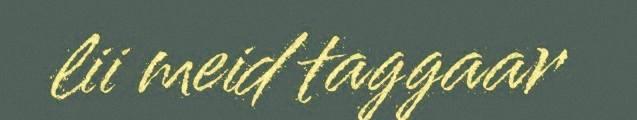
lii meid taggaar